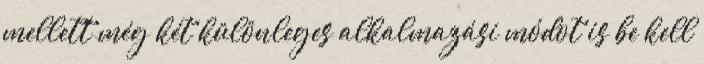
mellett még két különleges alkalmazási módot is be kell